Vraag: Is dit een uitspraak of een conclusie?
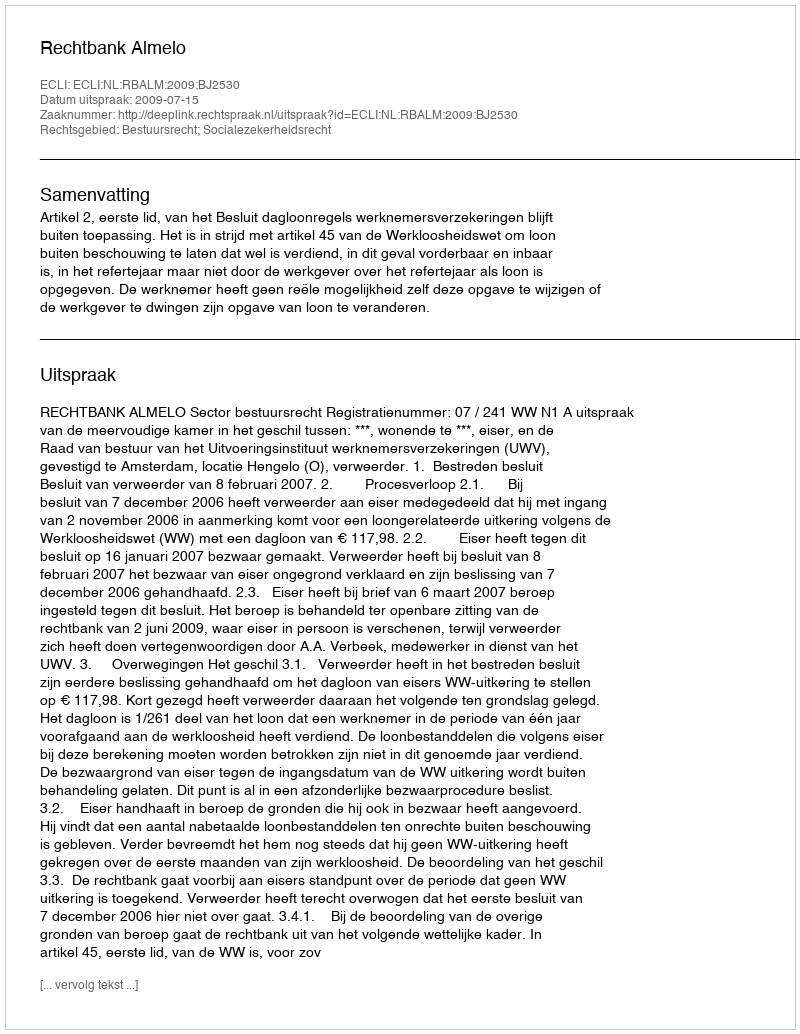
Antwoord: Uitspraak